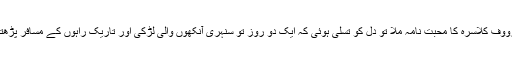
ایسے میں برادرم رووف کلاسرہ کا محبت نامہ ملا تو دل کو تسلی ہوئی کہ ایک دو روز تو سنہری آنکھوں والی لڑکی اور تاریک راہوں کے مسافر پڑھتے گزر جائیں گے۔